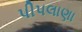
પીપલાણા